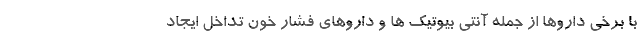
با برخی داروها از جمله آنتی بیوتیک ها و داروهای فشار خون تداخل ایجاد